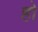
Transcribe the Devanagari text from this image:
होे